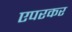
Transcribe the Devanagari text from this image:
एपरकर